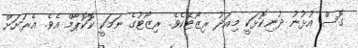
ގޮސް އުޅުނު ދުނިކޮޅަކީ މިއަދު ރިޒޯޓެކެވެ. ރިޒޯޓުގެ ނަމަކީ ކޮކޮޕާމް އެވެ. އެރަށަށް